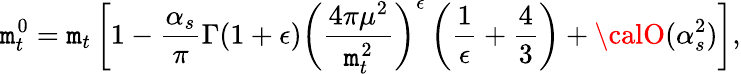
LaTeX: \mathtt{m}_{t}^{0}=\mathtt{m}_{t}\left[1-\frac{{\alpha_{s}}}{{\pi}}\Gamma(1+\epsilon)\left(\frac{{4\pi\mu^{2}}}{{\mathtt{m}_{t}^{2}}}\right)^{\epsilon}\left(\frac{{1}}{{\epsilon}}+\frac{{4}}{{3}}\right)+{\calO}(\alpha_{s}^{2})\right],